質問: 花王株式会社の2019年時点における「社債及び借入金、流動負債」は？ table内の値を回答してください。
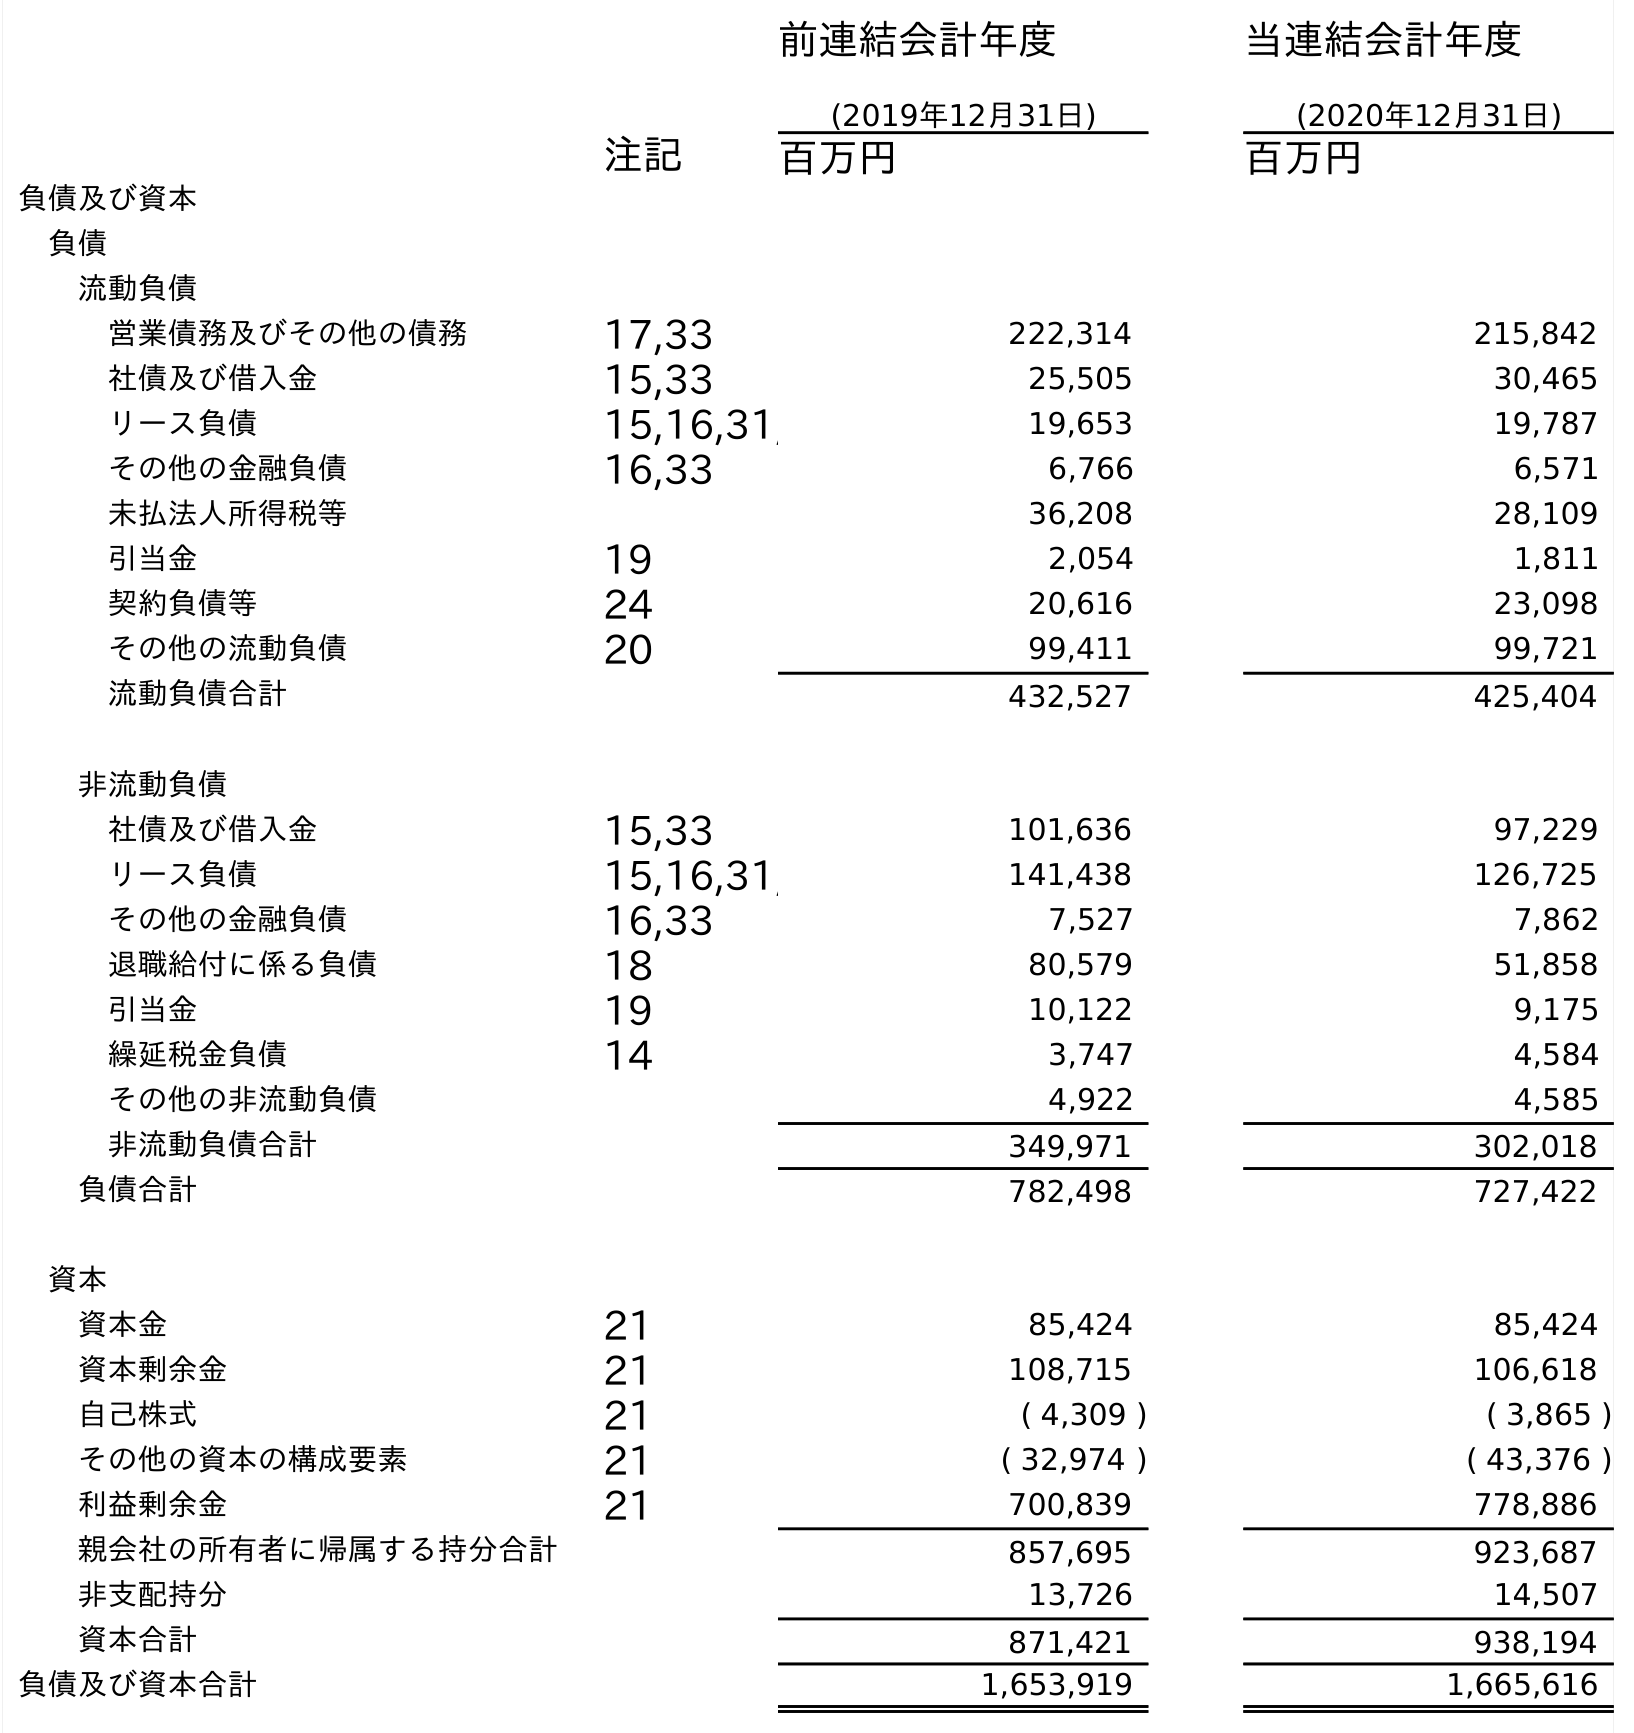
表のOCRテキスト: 前連結会計年度 (2019年12月31日) 当連結会計年度 (2020年12月31日) 注記 百万円 百万円 負債及び資本 負債 流動負債 営業債務及びその他の債務 17,33 222,314 215,842 社債及び借入金 15,33 25,505 30,465 リース負債 15,16,31, 19,653 19,787 その他の金融負債 16,33 6,766 6,571 未払法人所得税等 36,208 28,109 引当金 19 2,054 1,811 契約負債等 24 20,616 23,098 その他の流動負債 20 99,411 99,721 流動負債合計 432,527 425,404 非流動負債 社債及び借入金 15,33 101,636 97,229 リース負債 15,16,31, 141,438 126,725 その他の金融負債 16,33 7,527 7,862 退職給付に係る負債 18 80,579 51,858 引当金 19 10,122 9,175 繰延税金負債 14 3,747 4,584 その他の非流動負債 4,922 4,585 非流動負債合計 349,971 302,018 負債合計 782,498 727,422 資本 資本金 21 85,424 85,424 資本剰余金 21 108,715 106,618 自己株式 21 ( 4,309 ) ( 3,865 ) その他の資本の構成要素 21 ( 32,974 ) ( 43,376 ) 利益剰余金 21 700,839 778,886 親会社の所有者に帰属する持分合計 857,695 923,687 非支配持分 13,726 14,507 資本合計 871,421 938,194 負債及び資本合計 1,653,919 1,665,616
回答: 25,505